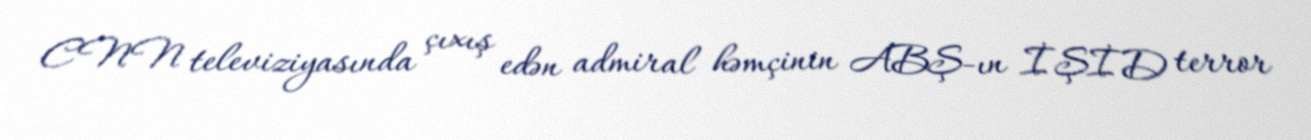
CNN televiziyasında çıxış edən admiral həmçinin ABŞ-ın İŞİD terror